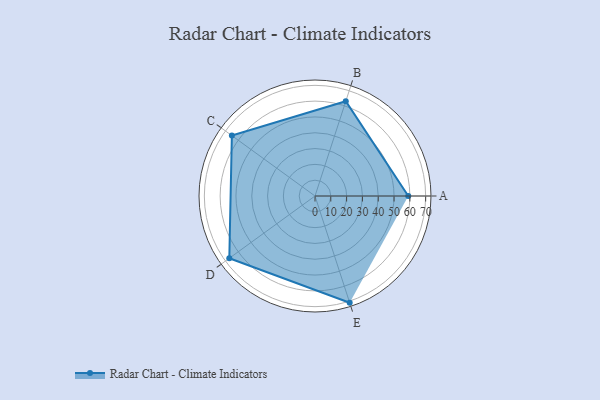
{"axis": {"x": "Skill", "y": "Score"}, "legend": ["Profile"], "data": [{"x": "A", "y": 59.0, "type": "Profile"}, {"x": "B", "y": 63.0, "type": "Profile"}, {"x": "C", "y": 65.0, "type": "Profile"}, {"x": "D", "y": 67.0, "type": "Profile"}, {"x": "E", "y": 71.0, "type": "Profile"}]}